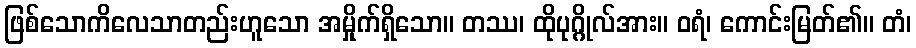
ဖြစ်သောကိလေသာတည်းဟူသော အမှိုက်ရှိသော။ တဿ၊ ထိုပုဂ္ဂိုလ်အား။ ဝရံ၊ ကောင်းမြတ်၏။ တံ၊